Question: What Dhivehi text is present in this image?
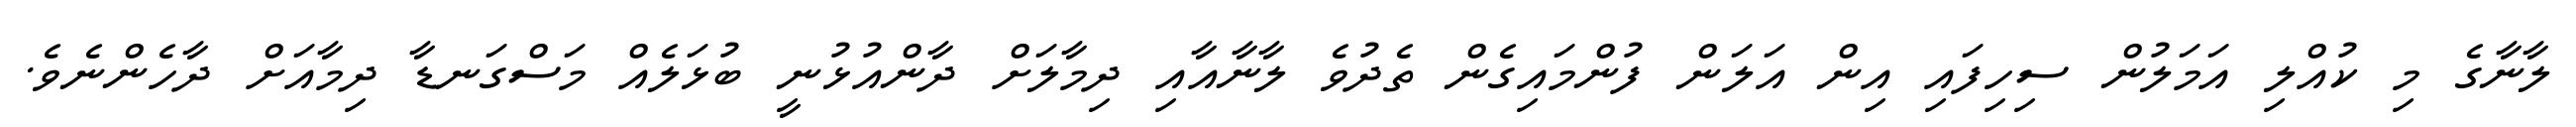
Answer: ލާނާގެ މި ކުއްލި އަމަލުން ސިހިފައި އިން އަލަން ފުންމައިގެން ތެދުވެ ލާނާއާއި ދިމާލަށް ދާންއުޅުނީ ބުޅަލެއް މަސްގަނޑާ ދިމާއަށް ދާހެންނެވެ.